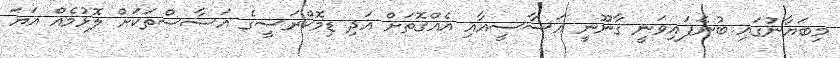
މިބަޔާނުގައި ބުނެފައިވަނީ ޤާނޫނީ އަސާސީއާއި އެއްގޮތަށް އަދި ޑިމޮކްރަސީގެ އަސާސްތަކަށް ލޮޅުމެއް އަޔަ